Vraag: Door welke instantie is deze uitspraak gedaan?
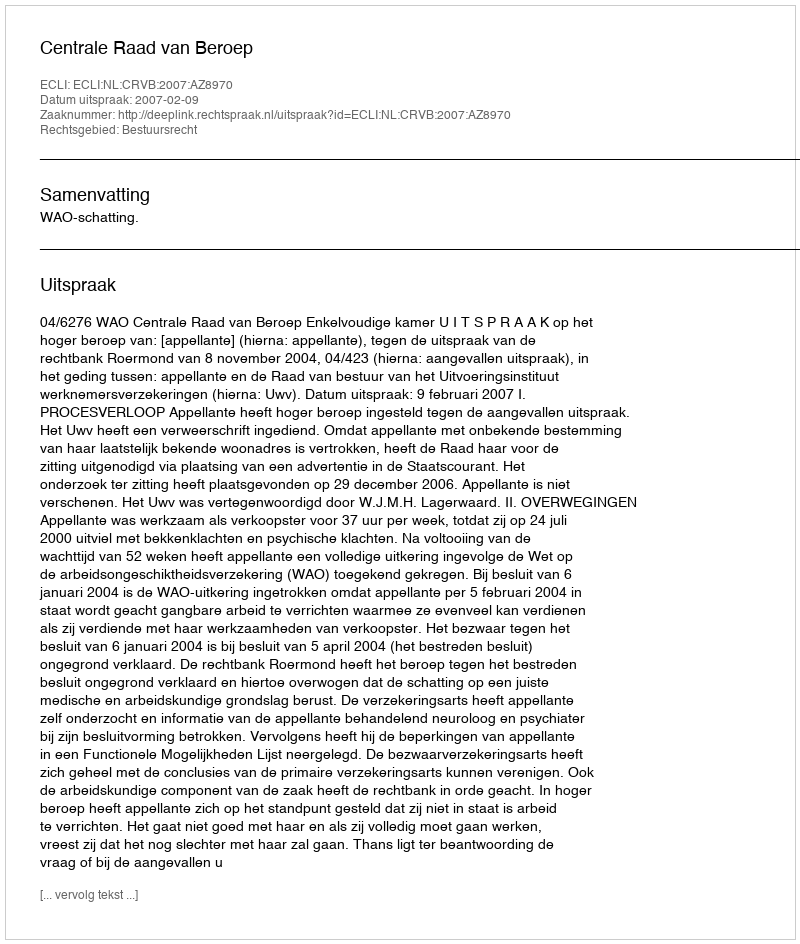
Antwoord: Centrale Raad van Beroep